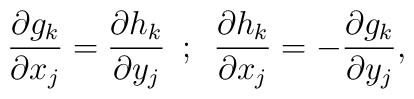
\frac{\partial g_{k}}{\partial x_{j}} = \frac{\partial h_{k}}{\partial    y_{j}}  \,\,\, ; \,\,\,\frac{\partial h_{k}}{\partial x_{j}} = - \frac{\partial g_{k}}{\partial  y_{j}},